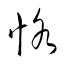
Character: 恪